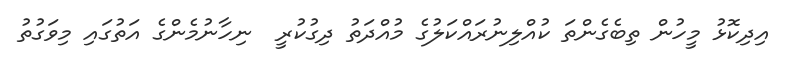
އިދިކޮޅު މީހުން ތިބެގެންތަ ކުއްލިނުރައްކަލުގެ މުއްދަތު ދިގުކުރީ  ނިހާނުމެންގެ އަތުގައި މިވަގުތު